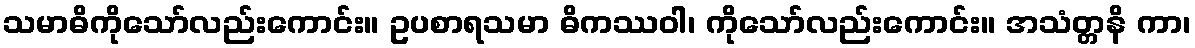
သမာဓိကိုသော်လည်းကောင်း။ ဥပစာရသမာ ဓိကဿဝါ၊ ကိုသော်လည်းကောင်း။ အသံတ္တနိ ကာ၊